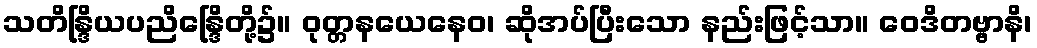
သတိန္ဒြိယပညိန္ဒြေိတို့၌။ ဝုတ္တနယေနေဝ၊ ဆိုအပ်ပြီးသော နည်းဖြင့်သာ။ ဝေဒိတဗ္ဗာနိ၊